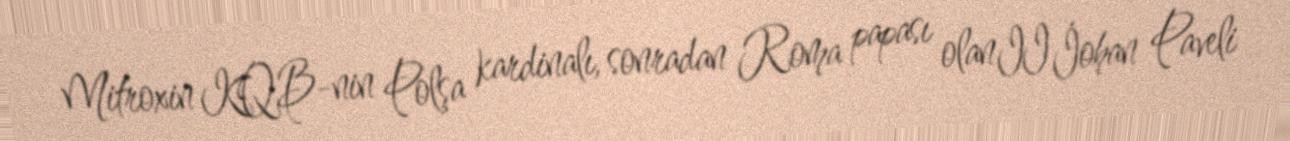
Mitroxin KQB-nin Polşa kardinalı, sonradan Roma papası olan II İohan Paveli